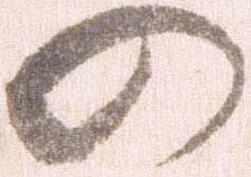
の